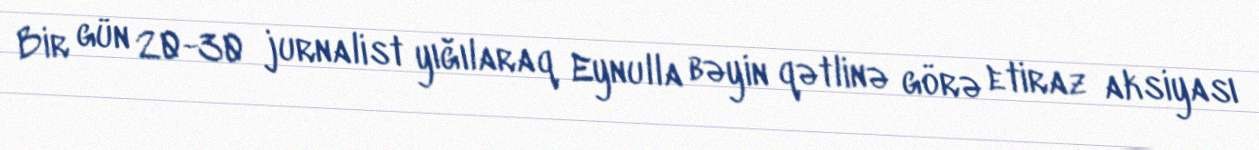
Bir gün 20-30 jurnalist yığılaraq Eynulla bəyin qətlinə görə etiraz aksiyası